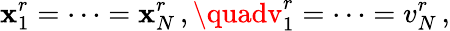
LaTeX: \mathbf{x}_{1}^{r}=\cdots=\mathbf{x}_{N}^{r}\, ,\quadv_{1}^{r}=\cdots=v_{N}^{r}\, ,